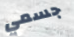
جسمي